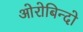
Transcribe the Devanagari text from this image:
ओरोबिन्दो